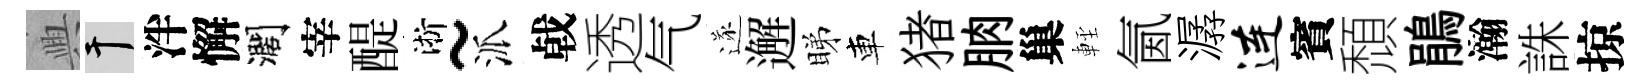
興干泮懈濶宰醍淅~派㦸透气遂邂睇車猪朒巢䡖氤潺连賓頹鵑瀚誅掠